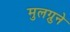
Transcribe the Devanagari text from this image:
मुलग्रुने